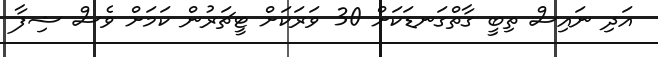
އަދި ނައިސް ތިބީ ގާތްގަނޑަކަށް 30 ވަރަކަށް ޓީޗަރުން ކަމަށް ވެސް ޝިފާ